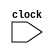
module Queue(
    input clock
);
endmodule //Queue